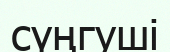
сүңгуші